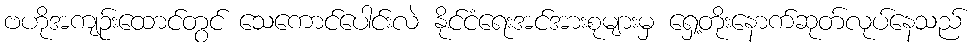
ဗဟိုအကျဉ်းထောင်တွင် သေကောင်ပေါင်းလဲ နိုင်ငံရေးအင်အားစုများမှ ရှေ့တိုးနောက်ဆုတ်လုပ်နေသည်